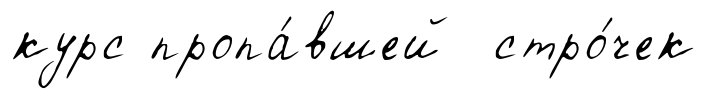
курс пропа́вшей стро́чек